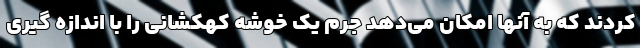
کردند که به آنها امکان می‌دهد جرم یک خوشه کهکشانی را با اندازه گیری